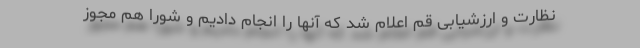
نظارت و ارزشیابی قم اعلام شد که آنها را انجام دادیم و شورا هم مجوز